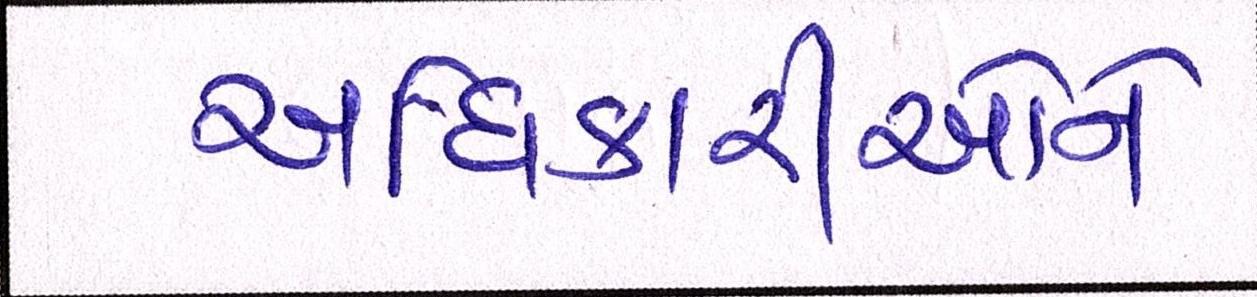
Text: અધિકારીઓને